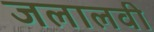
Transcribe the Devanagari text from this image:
जलालवी